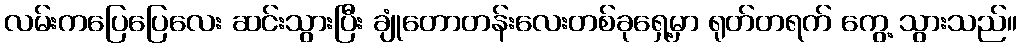
လမ်းကပြေပြေလေး ဆင်းသွားပြီး ချုံတောတန်းလေးတစ်ခုရှေ့မှာ ရုတ်တရက် ကွေ့ သွားသည်။